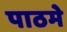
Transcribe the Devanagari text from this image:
पाठमे